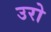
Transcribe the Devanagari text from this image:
उरो